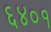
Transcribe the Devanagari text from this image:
६४०१